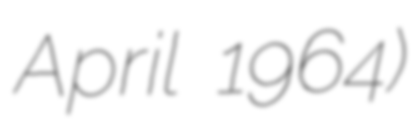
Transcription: April 1964)